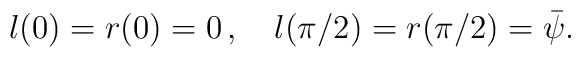
l(0)=r(0)=0\,,\quad l(\pi /2)=r(\pi /2)={\bar{\psi}}.